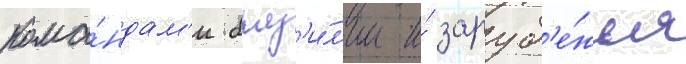
кома́ндам'и браз'и́л'ии и́ заруб'е́жья